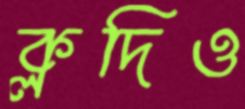
ক্লদিও